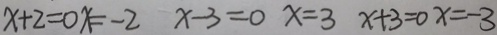
x + 2 = 0 x = - 2 x - 3 = 0 x = 3 x + 3 = 0 x = - 3